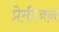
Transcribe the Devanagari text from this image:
प्रेमीजन